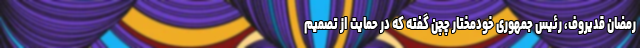
رمضان قدیروف، رئیس جمهوری خودمختار چچن گفته که در حمایت از تصمیم